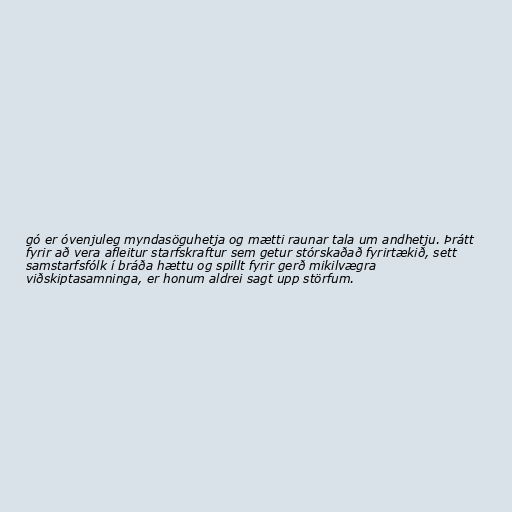
gó er óvenjuleg myndasöguhetja og mætti raunar tala um andhetju. Þrátt
fyrir að vera afleitur starfskraftur sem getur stórskaðað fyrirtækið, sett
samstarfsfólk í bráða hættu og spillt fyrir gerð mikilvægra
viðskiptasamninga, er honum aldrei sagt upp störfum.